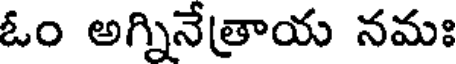
ఓం అగ్నినేత్రాయ నమః